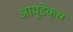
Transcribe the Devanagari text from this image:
आयुडेक्स